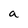
Character: a